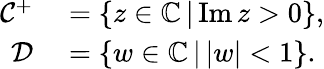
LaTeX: \begin{array}{rl}{\mathcal{C}^{+}}&{{}=\{ z\in\mathbb{C}\, |\, \mathrm{Im}\, z>0\} ,}\\ {\mathcal{D}}&{{}=\{ w\in\mathbb{C}\, |\, |w|<1\} .}\end{array}